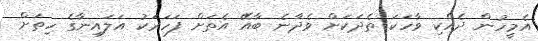
އެމީހުން ދެއްކި ވާހަކަ ތެދަކަށް ވެދާނެ ބާއޭ އެތަށް ފަހަރަކު އަލައިނާގެ ހިތަށް